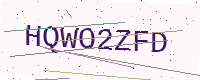
Text: HQWO2ZFD